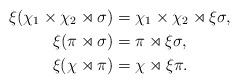
LaTeX: \begin{align*} \xi(\chi_1\times\chi_2\rtimes\sigma)&=\chi_1\times\chi_2\rtimes\xi\sigma,\\ \xi(\pi\rtimes\sigma)&=\pi\rtimes\xi\sigma,\\ \xi(\chi\rtimes\pi)&=\chi\rtimes\xi\pi.\end{align*}